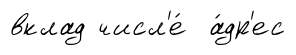
вклад числ'е́ а́др'ес